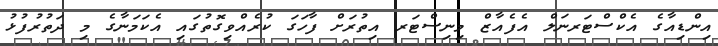
އިންޑިއާގެ އެކްސްޓަރނަލް އެފެއާޒް މިނިސްޓަރ އިތުރަށް ފާހަގަ ކުރެއްވިގޮތުގައި އެކަމަނާގެ މި ދަތުރުފުޅު